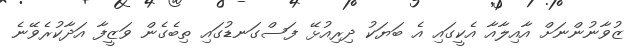
ޒުވާނުންނަށް އާއިލާއާ އެކީގައި އެ ބަޔަކު ދިރިއުޅޭ ފަސްގަނޑުގައި ތިބެގެން ވަޒީފާ އަދާކުރެވޭނެ